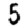
Digit: 5